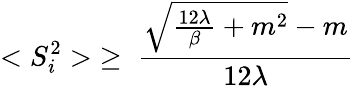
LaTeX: <S_{i}^{2}>\; \ge\; \frac{{\sqrt{\frac{12\lambda}{\beta}+m^{2}}}-m}{12\lambda}